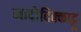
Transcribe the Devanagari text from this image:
नादोदिक्काट्टू